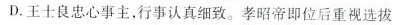
D.王士良忠心事主，行事认真细致。孝昭帝即位后重视选拔